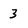
Character: 3